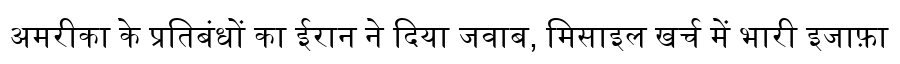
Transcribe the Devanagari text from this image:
अमरीका के प्रतिबंधों का ईरान ने दिया जवाब, मिसाइल खर्च में भारी इजाफ़ा